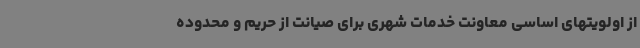
از اولویتهای اساسی معاونت خدمات شهری برای صیانت از حریم و محدوده